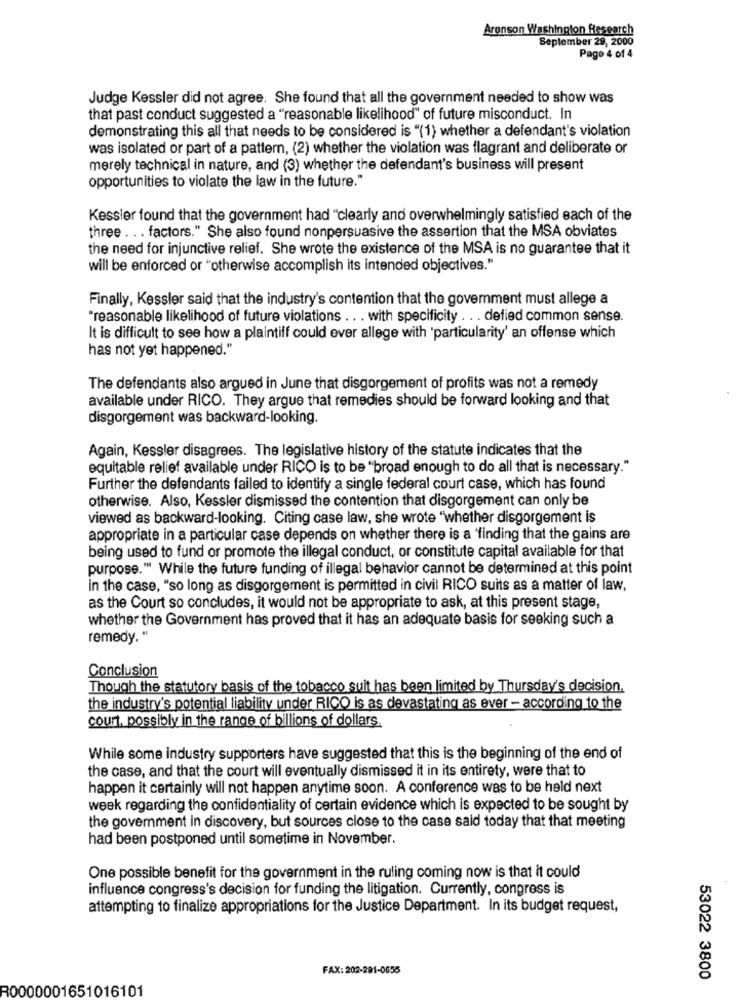
Aronson Washington Research
September 29, 2000
Page 4 of 4
Judge Kessler did not agree. She found that all the government needed to show was
that past conduct suggested a "reasonable likelihood" of future misconduct. In
demonstrating this all that needs to be considered is "(1) whether a defendant's violation
was isolated or part of a pattern, (2) whether the violation was flagrant and deliberate or
merely technical in nature, and (3) whether the defendant's business will present
opportunities to violate the law in the future."
Kessler found that the government had "clearly and overwhelmingly satisfied each of the
three ... factors." She also found nonpersuasive the assertion that the MSA obviates
the need for injunctive relief. She wrote the existence of the MSA is no guarantee that it
will be enforced or "otherwise accomplish its intended objectives."
Finally, Kessler said that the industry's contention that the government must allege a
"reasonable likelihood of future violations . . . with specificity . . . defied common sense.
It is difficult to see how a plaintiff could ever allege with 'particularity' an offense which
has not yet happened."
The defendants also argued in June that disgorgement of profits was not a remedy
available under RICO. They argue that remedies should be forward looking and that
disgorgement was backward-looking.
Again, Kessler disagrees. The legislative history of the statute indicates that the
equitable relief available under RICO is to be "broad enough to do all that is necessary."
Further the defendants failed to identify a single federal court case, which has found
otherwise. Also, Kessler dismissed the contention that disgorgement can only be
viewed as backward-looking. Citing case law, she wrote "whether disgorgement is
appropriate in a particular case depends on whether there is a 'finding that the gains are
being used to fund or promote the illegal conduct, or constitute capital available for that
purpose." While the future funding of illegal behavior cannot be determined at this point
in the case, "so long as disgorgement is permitted in civil RICO suits as a matter of law,
as the Court so concludes, it would not be appropriate to ask, at this present stage,
whether the Government has proved that it has an adequate basis for seeking such a
remedy. "
Conclusion
Though the statutory basis of the tobacco suit has been limited by Thursday's decision.
the industry's potential liability under RICO is as devastating as ever - according to the
court, possibly in the range of billions of dollars.
While some industry supporters have suggested that this is the beginning of the end of
the case, and that the court will eventually dismissed it in its entirety, were that to
happen it certainly will not happen anytime soon. A conference was to be held next
week regarding the confidentiality of certain evidence which is expected to be sought by
the government in discovery, but sources close to the case said today that that meeting
had been postponed until sometime in November.
One possible benefit for the government in the ruling coming now is that it could
influence congress's decision for funding the litigation. Currently, congress is
attempting to finalize appropriations for the Justice Department. In its budget request,
FAX: 202-291-0655
53022 3800
R0000001651016101